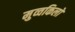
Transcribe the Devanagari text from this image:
मुव्वकिलों